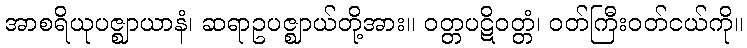
အာစရိယုပဇ္ဈာယာနံ၊ ဆရာဥပဇ္ဈာယ်တို့အား။ ဝတ္တပဋိဝတ္တံ၊ ဝတ်ကြီးဝတ်ငယ်ကို။